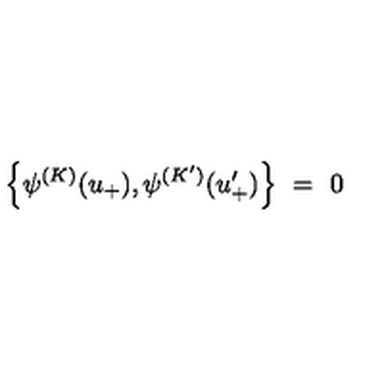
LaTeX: \left\{ \psi ^ { ( K ) } ( u _ { + } ) , \psi ^ { ( K ^ { \prime } ) } ( u _ { + } ^ { \prime } ) \right\} \ = \ 0